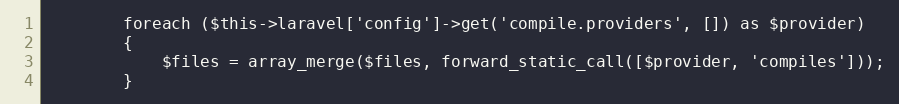
Language: PHP
		foreach ($this->laravel['config']->get('compile.providers', []) as $provider)
		{
			$files = array_merge($files, forward_static_call([$provider, 'compiles']));
		}